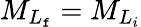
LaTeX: {M}_{{L}_{\mathtt{f}}}={M}_{{L}_{i}}